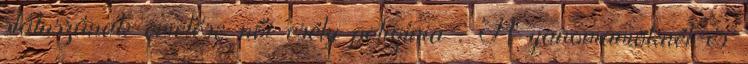
státuszának emelése női esély poligínia . A yanomamöknél és